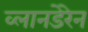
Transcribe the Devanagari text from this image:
व्लानडेरेन